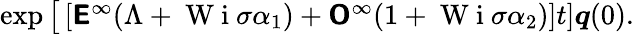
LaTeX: \begin{array}{r}{\exp\big[\left[\boldsymbol{\mathsf{E}}^{\infty}(\Lambda+\mathrm{~W~i~}\sigma\alpha_{1})+\boldsymbol{\mathsf{O}}^{\infty}(1+\mathrm{~W~i~}\sigma\alpha_{2})\right]t]\boldsymbol{q}(0).}\end{array}